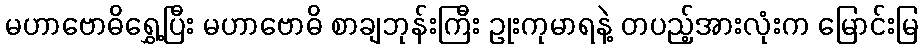
မဟာဗောဓိရွှေ့ပြီး မဟာဗောဓိ စာချဘုန်းကြီး ဥုးကုမာရနဲ့ တပည့်အားလုံးက မြောင်းမြ